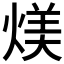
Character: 𪹏